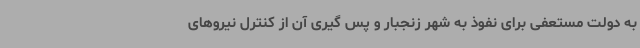
به دولت مستعفی برای نفوذ به شهر زنجبار و پس گیری آن از کنترل نیروهای